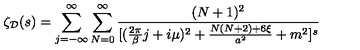
\zeta _ { \cal D } ( s ) = \sum _ { j = - \infty } ^ { \infty } \sum _ { N = 0 } ^ { \infty } { \frac { ( N + 1 ) ^ { 2 } } { [ ( { \frac { 2 \pi } { \beta } } j + i \mu ) ^ { 2 } + { \frac { N ( N + 2 ) + 6 \xi } { a ^ { 2 } } } + m ^ { 2 } ] ^ { s } } }